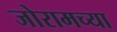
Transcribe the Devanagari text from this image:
जोरामच्या